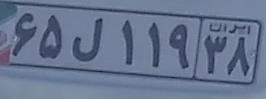
۶۵ل۱۱۹۳۸